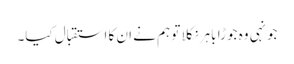
جونہی وہ جوڑا باہر نکلا تو ہم نے ان کا استقبال کیا۔